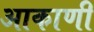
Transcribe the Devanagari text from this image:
आकाणी